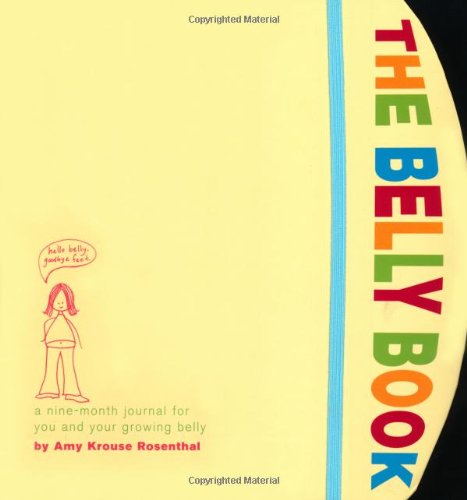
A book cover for The Belly Book: A Nine-Month Journal for You and Your Growing Belly (Potter Style); Amy Krouse Rosenthal; Parenting & Relationships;